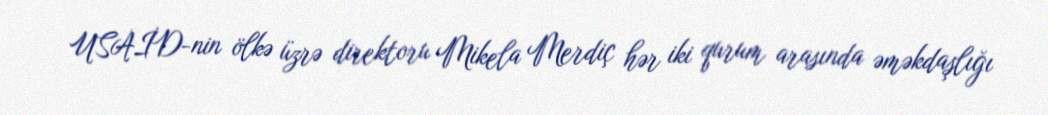
USAİD-nin ölkə üzrə direktoru Mikela Merdiç hər iki qurum arasında əməkdaşlığı